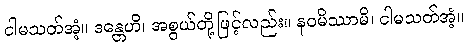
ငါမသတ်အံ့။ ဒန္တေဟိ၊ အစွယ်တို့ဖြင့်လည်း။ နဝမိဿာမိ၊ ငါမသတ်အံ့။